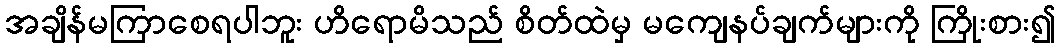
အချိန်မကြာစေရပါဘူး ဟိရောမိသည် စိတ်ထဲမှ မကျေနပ်ချက်များကို ကြိုးစား၍